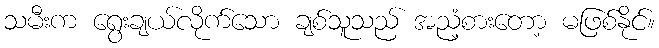
သမီးက ရွေးချယ်လိုက်သော ချစ်သူသည် အညံ့စားတော့ မဖြစ်နိုင်။